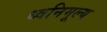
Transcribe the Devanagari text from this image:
ध्वनिमूल्य